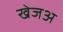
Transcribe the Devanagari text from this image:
खेजअ